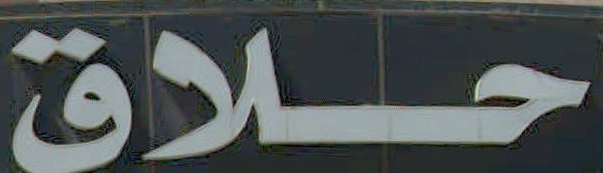
حلاق